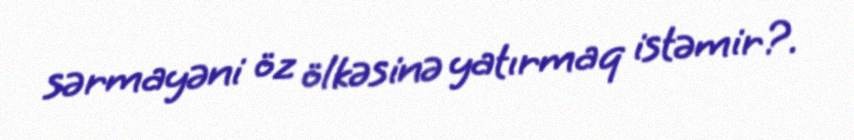
sərmayəni öz ölkəsinə yatırmaq istəmir?.